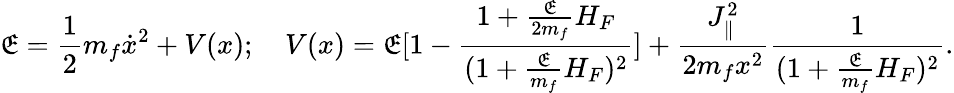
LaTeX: \mathfrak{E}={\frac{{1}}{{2}}}m_{f}\dot{{x}}^{2}+V(x);\ \ \ \ V(x)=\mathfrak{E}[1-{\frac{{1+{\frac{{\mathfrak{E}}}{{2m_{f}}}}H_{F}}}{{(1+{\frac{{\mathfrak{E}}}{{m_{f}}}}H_{F})^{2}}}}]+{\frac{{J_{\parallel}^{2}}}{{2m_{f}x^{2}}}}{\frac{{1}}{{(1+{\frac{{\mathfrak{E}}}{{m_{f}}}}H_{F})^{2}}}}.